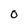
Character: o